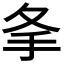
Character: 𢩸